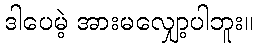
ဒါပေမဲ့ အားမလျှော့ပါဘူး။